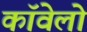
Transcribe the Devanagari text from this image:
कॉवेलो